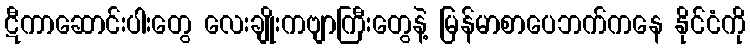
ဋီကာဆောင်းပါးတွေ လေးချိုးကဗျာကြီးတွေနဲ့ မြန်မာစာပေဘက်ကနေ နိုင်ငံကို